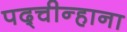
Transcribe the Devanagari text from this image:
पद्चीन्हाना